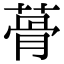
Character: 蓇